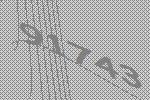
91743